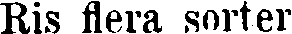
Ris flera sorter